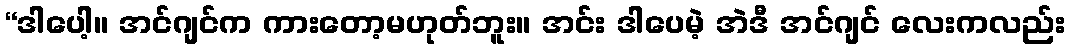
“ဒါပေါ့။ အင်ဂျင်က ကားတော့မဟုတ်ဘူး။ အင်း ဒါပေမဲ့ အဲဒီ အင်ဂျင် လေးကလည်း